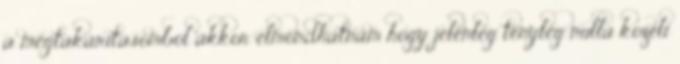
a megtakaritasombol akkor elmondhatnam hogy jelenleg tenyleg nulla kozeli